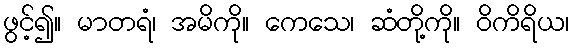
ဖွင့်၍။ မာတရံ၊ အမိကို။ ကေသေ၊ ဆံတို့ကို။ ဝိကိရိယ၊